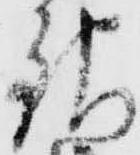
銀